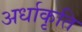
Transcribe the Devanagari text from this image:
अर्धाकृति